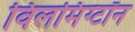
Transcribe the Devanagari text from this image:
विलमिंग्टॉन